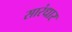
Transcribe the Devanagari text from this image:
सारंधार